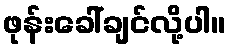
ဖုန်းခေါ်ချင်လို့ပါ။